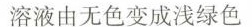
溶液由无色变成浅绿色